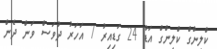
ކްލިންގް ކްލިންގް އަޑު 24 ގަޑިއިރު 7 އަހަރު ދުވަސް ވަން ދެން